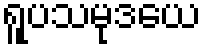
ရူပသမုဒယေ